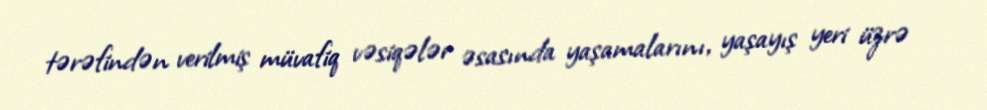
tərəfindən verilmiş müvafiq vəsiqələr əsasında yaşamalarını, yaşayış yeri üzrə